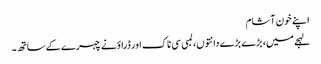
اپنے خون آشام
لہجے میں، بڑے بڑے دانتوں، لمبی سی ناک اور ڈراؤنے چہرے کے ساتھ۔